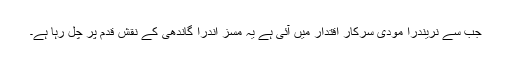
جب سے نریندرا مودی سرکار اقتدار میں آئی ہے یہ مسز اندرا گاندھی کے نقش قدم پر چل رہا ہے۔